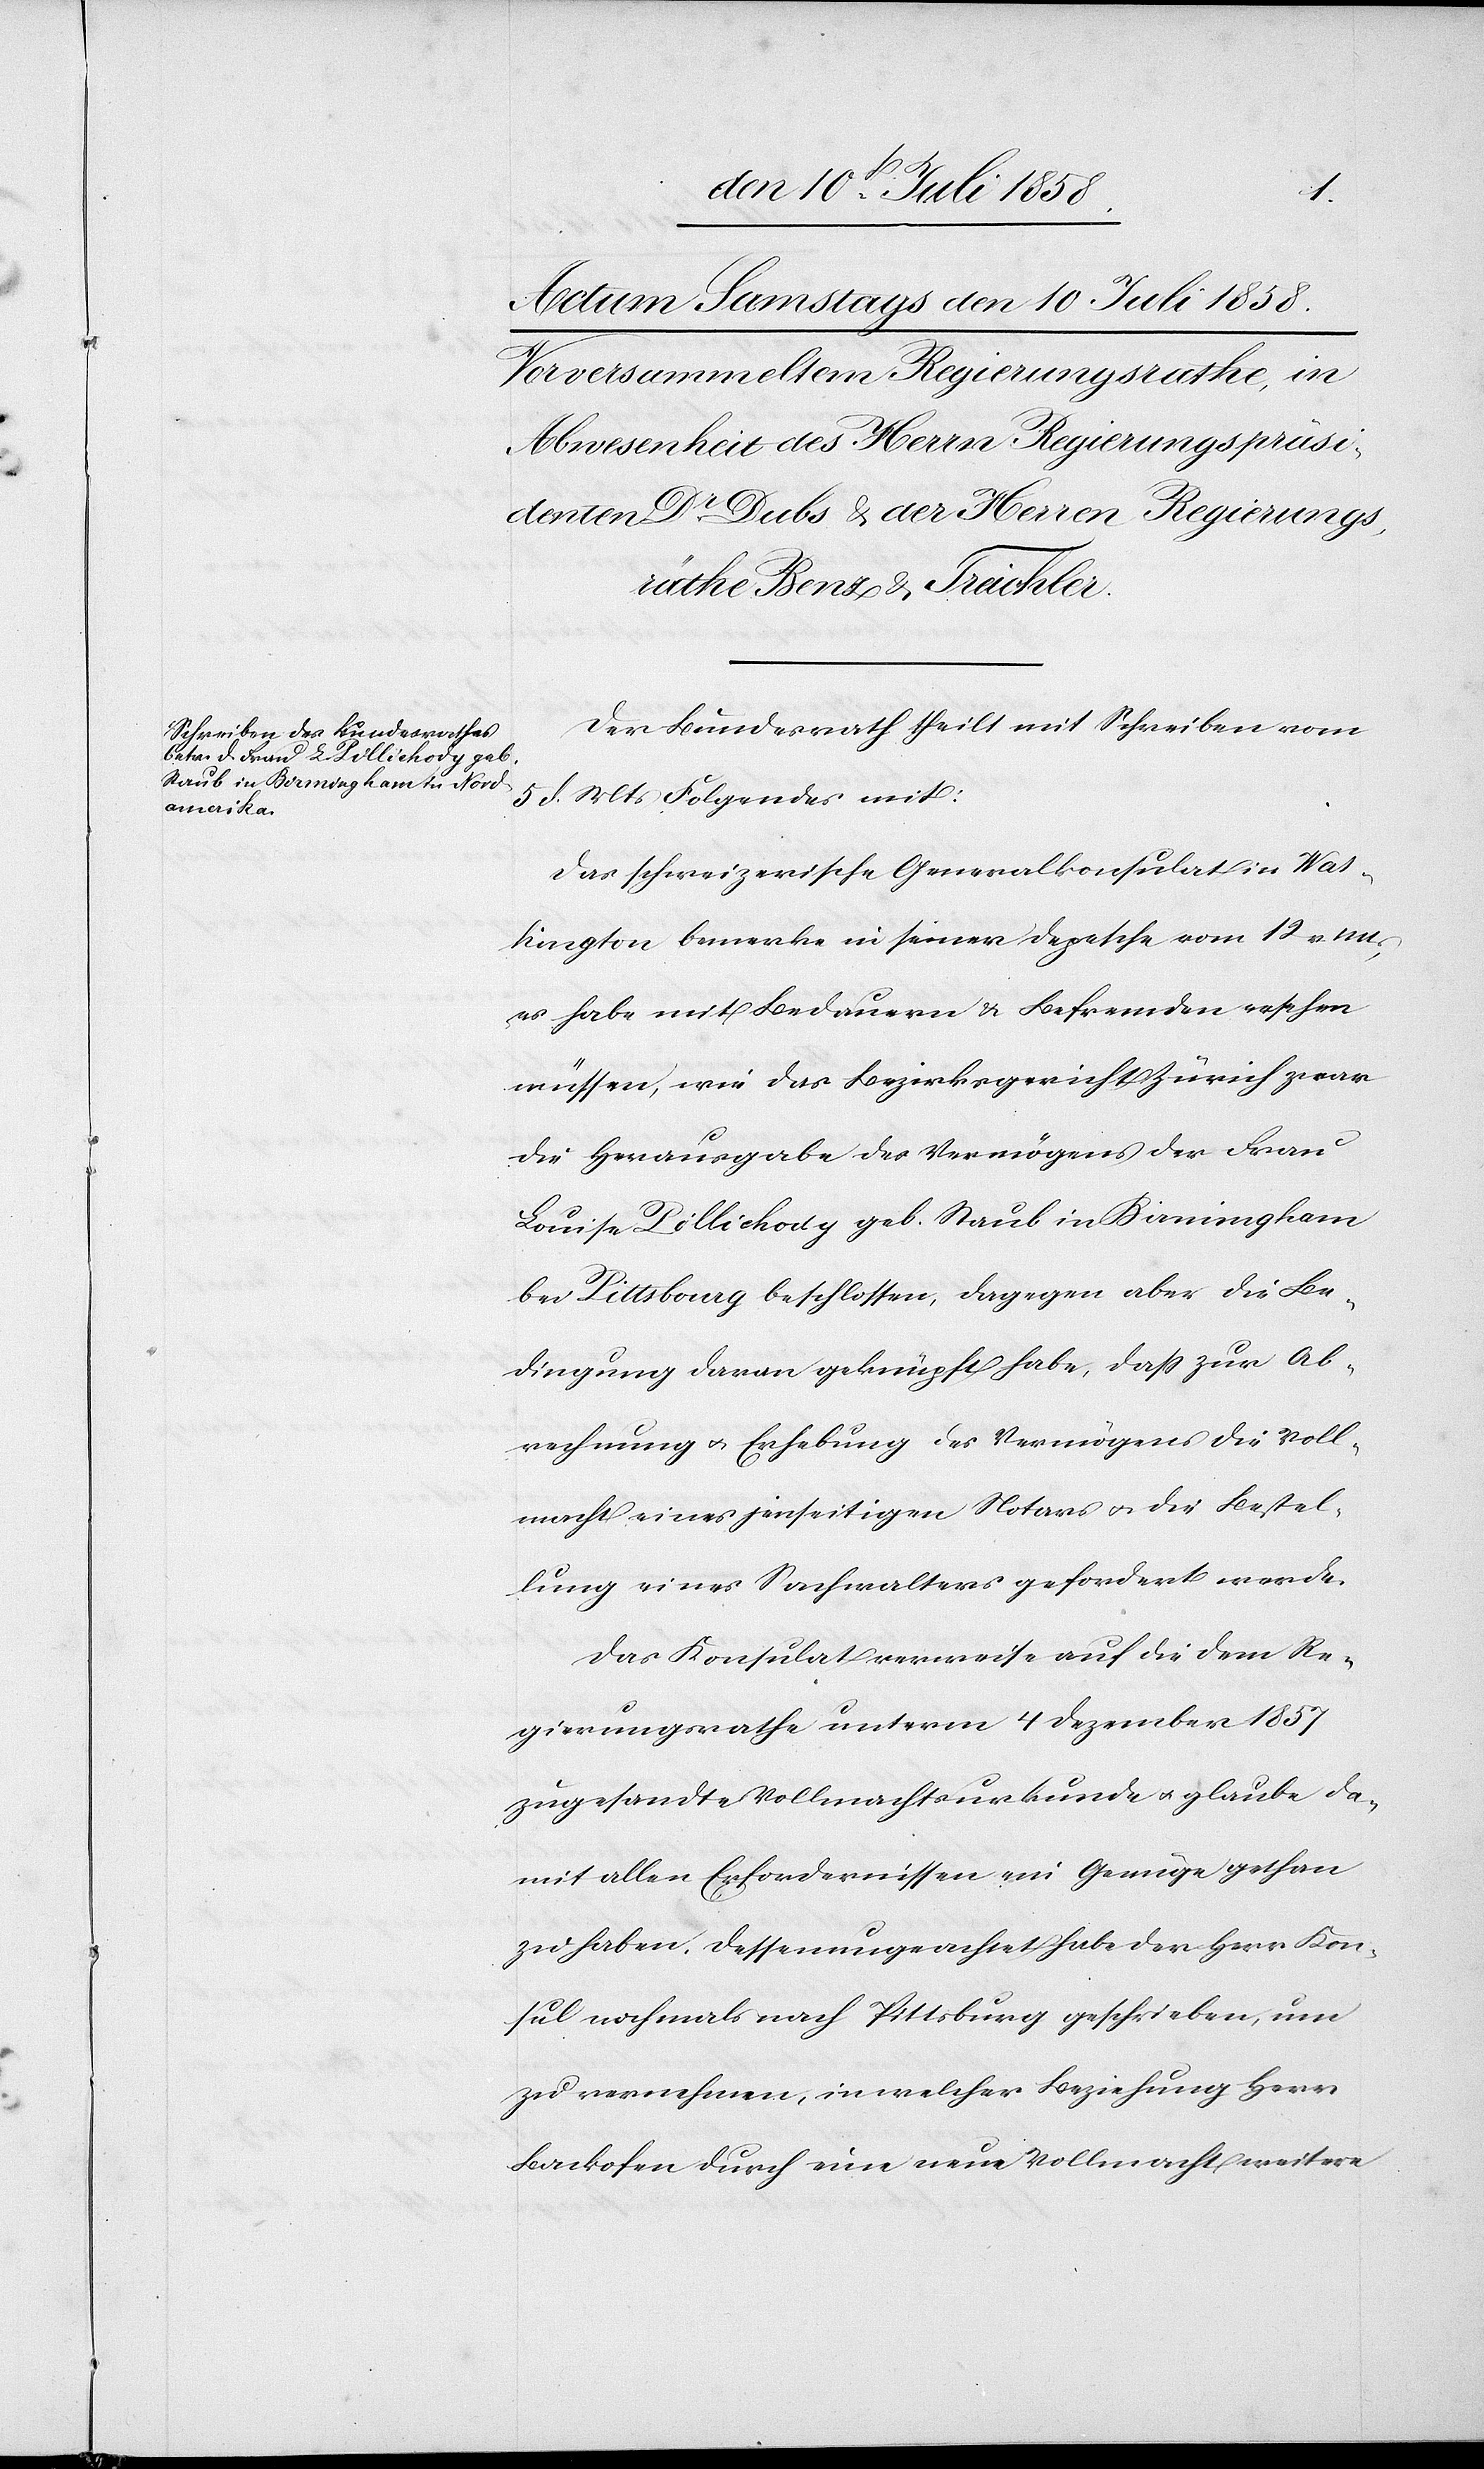
Der Bundesrath theilt mit Schreiben vom
5 d. Mts Folgendes mit:
Das schweizerische Generalkonsulat in Was¬
hington bemerke in seiner Depesche vom 12 v.
es habe mit Bedauern & Befremden ersehen
müssen, wie das Bezirksgericht Zürich zwar
die Herausgabe des Vermögens der Frau
Louise Pillichody geb. Staub in Birmingham
bei Pittsbourg beschlossen, dagegen aber die Be¬
dingung daran geknüpft habe, dass zur Ab¬
rechnung & Erhebung des Vermögens die Voll¬
macht eines jenseitigen Notars & die Bestel¬
lung eines Sachwalters gefordert werde.
Das Konsulat verweise auf die dem Re¬
gierungsrathe unterm 4 Dezember 1857
zugesandte Vollmachtsurkunde & glaube da¬
mit allen Erfordernissen ein Genüge gethan
zu haben. Dessenungeachtet habe der Herr Kon¬
sul nochmals nach Pittsburg geschrieben, um
zu vernehmen, in welcher Beziehung Herr
Backofen durch eine neue Vollmacht weitere